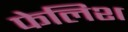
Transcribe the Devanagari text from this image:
फेलिश